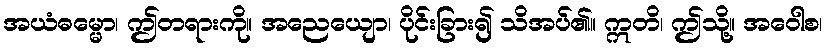
အယံဓမ္မော၊ ဤတရားကို။ အညေယျော၊ ပိုင်းခြား၍ သိအပ်၏။ ဣတိ၊ ဤသို့။ အဝေါစ၊